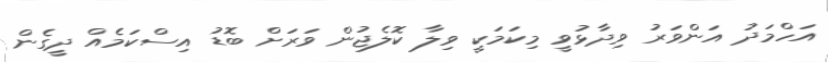
އަހްމަދު އަންވަރު ވިދާޅުވީ މިކަމަކީ ވިލާ ކޮލެޖުން ވަރަށް ބޮޑު އިސްކަމެއް ދީގެން